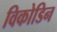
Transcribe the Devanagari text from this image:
विकोडिन